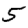
Digit: 5